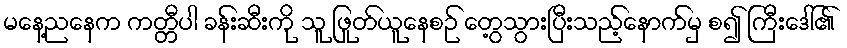
မနေ့ညနေက ကတ္တီပါ ခန်းဆီးကို သူ ဖြုတ်ယူနေစဉ် တွေ့သွားပြီးသည့်နောက်မှ စ၍ ကြီးဒေါ်၏